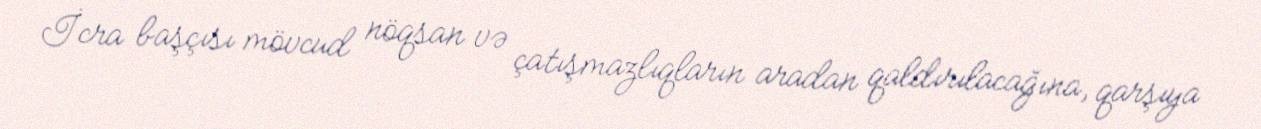
İcra başçısı mövcud nöqsan və çatışmazlıqların aradan qaldırılacağına, qarşıya